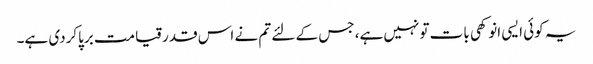
یہ کوئی ایسی انوکھی بات تونہیں ہے، جس کے لئے تم نے اس قدرقیامت برپاکردی ہے۔